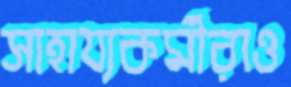
সাহায্যকর্মীরাও